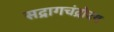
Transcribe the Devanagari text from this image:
सद्रागचंद्रोदय